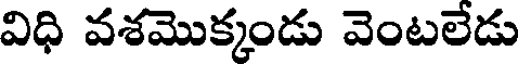
విధి వశమొక్కండు వెంటలేడు